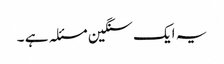
یہ ایک سنگین مسئلہ ہے ۔